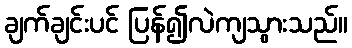
ချက်ချင်းပင် ပြန်၍လဲကျသွားသည်။